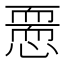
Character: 𢡵